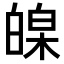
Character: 𤾏